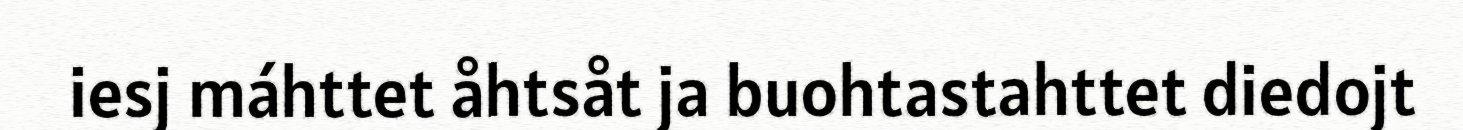
iesj máhttet åhtsåt ja buohtastahttet diedojt